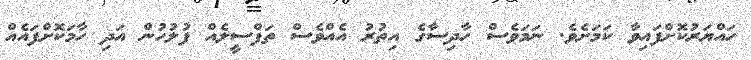
ހައްޔަރުކޮށްފައިވާ ކަމަށެވެ. ނަމަވެސް ހާދިސާގެ އިތުރު އެއްވެސް ތަފްސީލެއް ފުލުހުން އަދި ހާމަކޮށްފައެއް